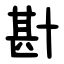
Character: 卙